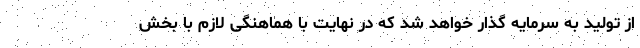
از تولید به سرمایه گذار خواهد شد که در نهایت با هماهنگی لازم با بخش